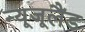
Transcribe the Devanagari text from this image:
न्यूजूलैंड